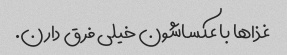
غذاها با عکساشون خیلی فرق دارن.